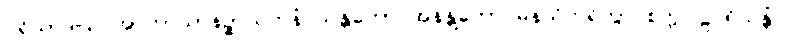
ပရိယာဒါယ အာကာသာနဉ္စာယတနံ သန္တတော အနန္တတော မနသိကရိတွာ စက္ကဝါဠပရိယန္တံ ဝါ